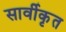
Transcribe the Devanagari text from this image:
सार्वीकृत